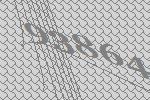
93864